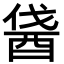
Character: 𨠰